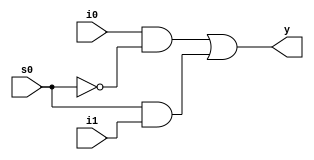

module mux_2x1(i0,i1,s0,y);

  input   i0,i1,s0;
  output   y;

  wire w1,w2,w3;
  
  not x1(w1,s0);
  and x2(w2,i0,w1);
  and x3(w3,s0,i1);
  or  x4(y,w2,w3);
  
 
endmodule